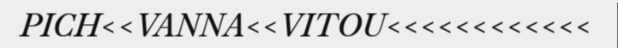
PICH<<VANNA<<VITOU<<<<<<<<<<<<